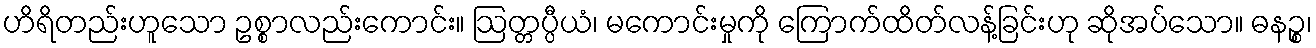
ဟိရိတည်းဟူသော ဥစ္စာလည်းကောင်း။ ဩတ္တပ္ပီယံ၊ မကောင်းမှုကို ကြောက်ထိတ်လန့်ခြင်းဟု ဆိုအပ်သော။ ဓနဉ္စ၊